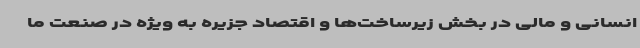
انسانی و مالی در بخش زیرساخت‌ها و اقتصاد جزیره به ویژه در صنعت ما